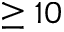
\geq 1 0